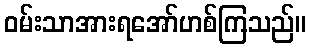
ဝမ်းသာအားရအော်ဟစ်ကြသည်။